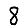
Digit: 8